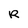
Character: R